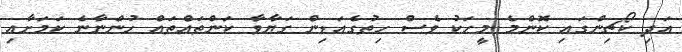
އަދި ކޯޗިންގައި ކޮންމެ މީހަކު ވެސް ހިތުގެއަޑިން ގަޔާވާ ކަންތައްތައް ހުންނާނެ ކަމަށާއި